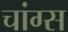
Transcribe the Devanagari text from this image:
चांग्स